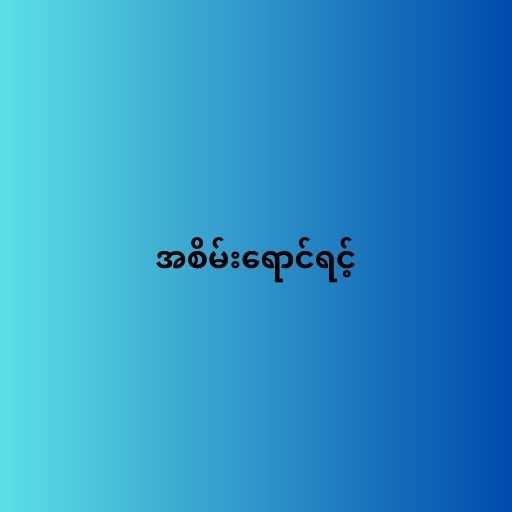
အစိမ်းရောင်ရင့်